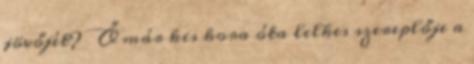
jövőjét? Ő már kis kora óta lelkes szereplője a